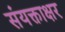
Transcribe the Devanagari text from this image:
संयक्ताक्षर